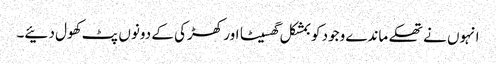
انہوں نے تھکے ماندے وجود کو بمشکل گھسیٹا اور کھڑکی کے دونوں پٹ کھول دئیے۔